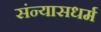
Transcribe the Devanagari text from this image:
संन्यासधर्म